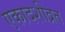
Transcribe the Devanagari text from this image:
एकादशीव्रत